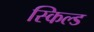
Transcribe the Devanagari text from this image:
स्किल्ड